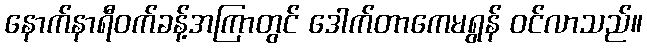
နောက်နာရီဝက်ခန့်အကြာတွင် ဒေါက်တာကေမရွန် ဝင်လာသည်။